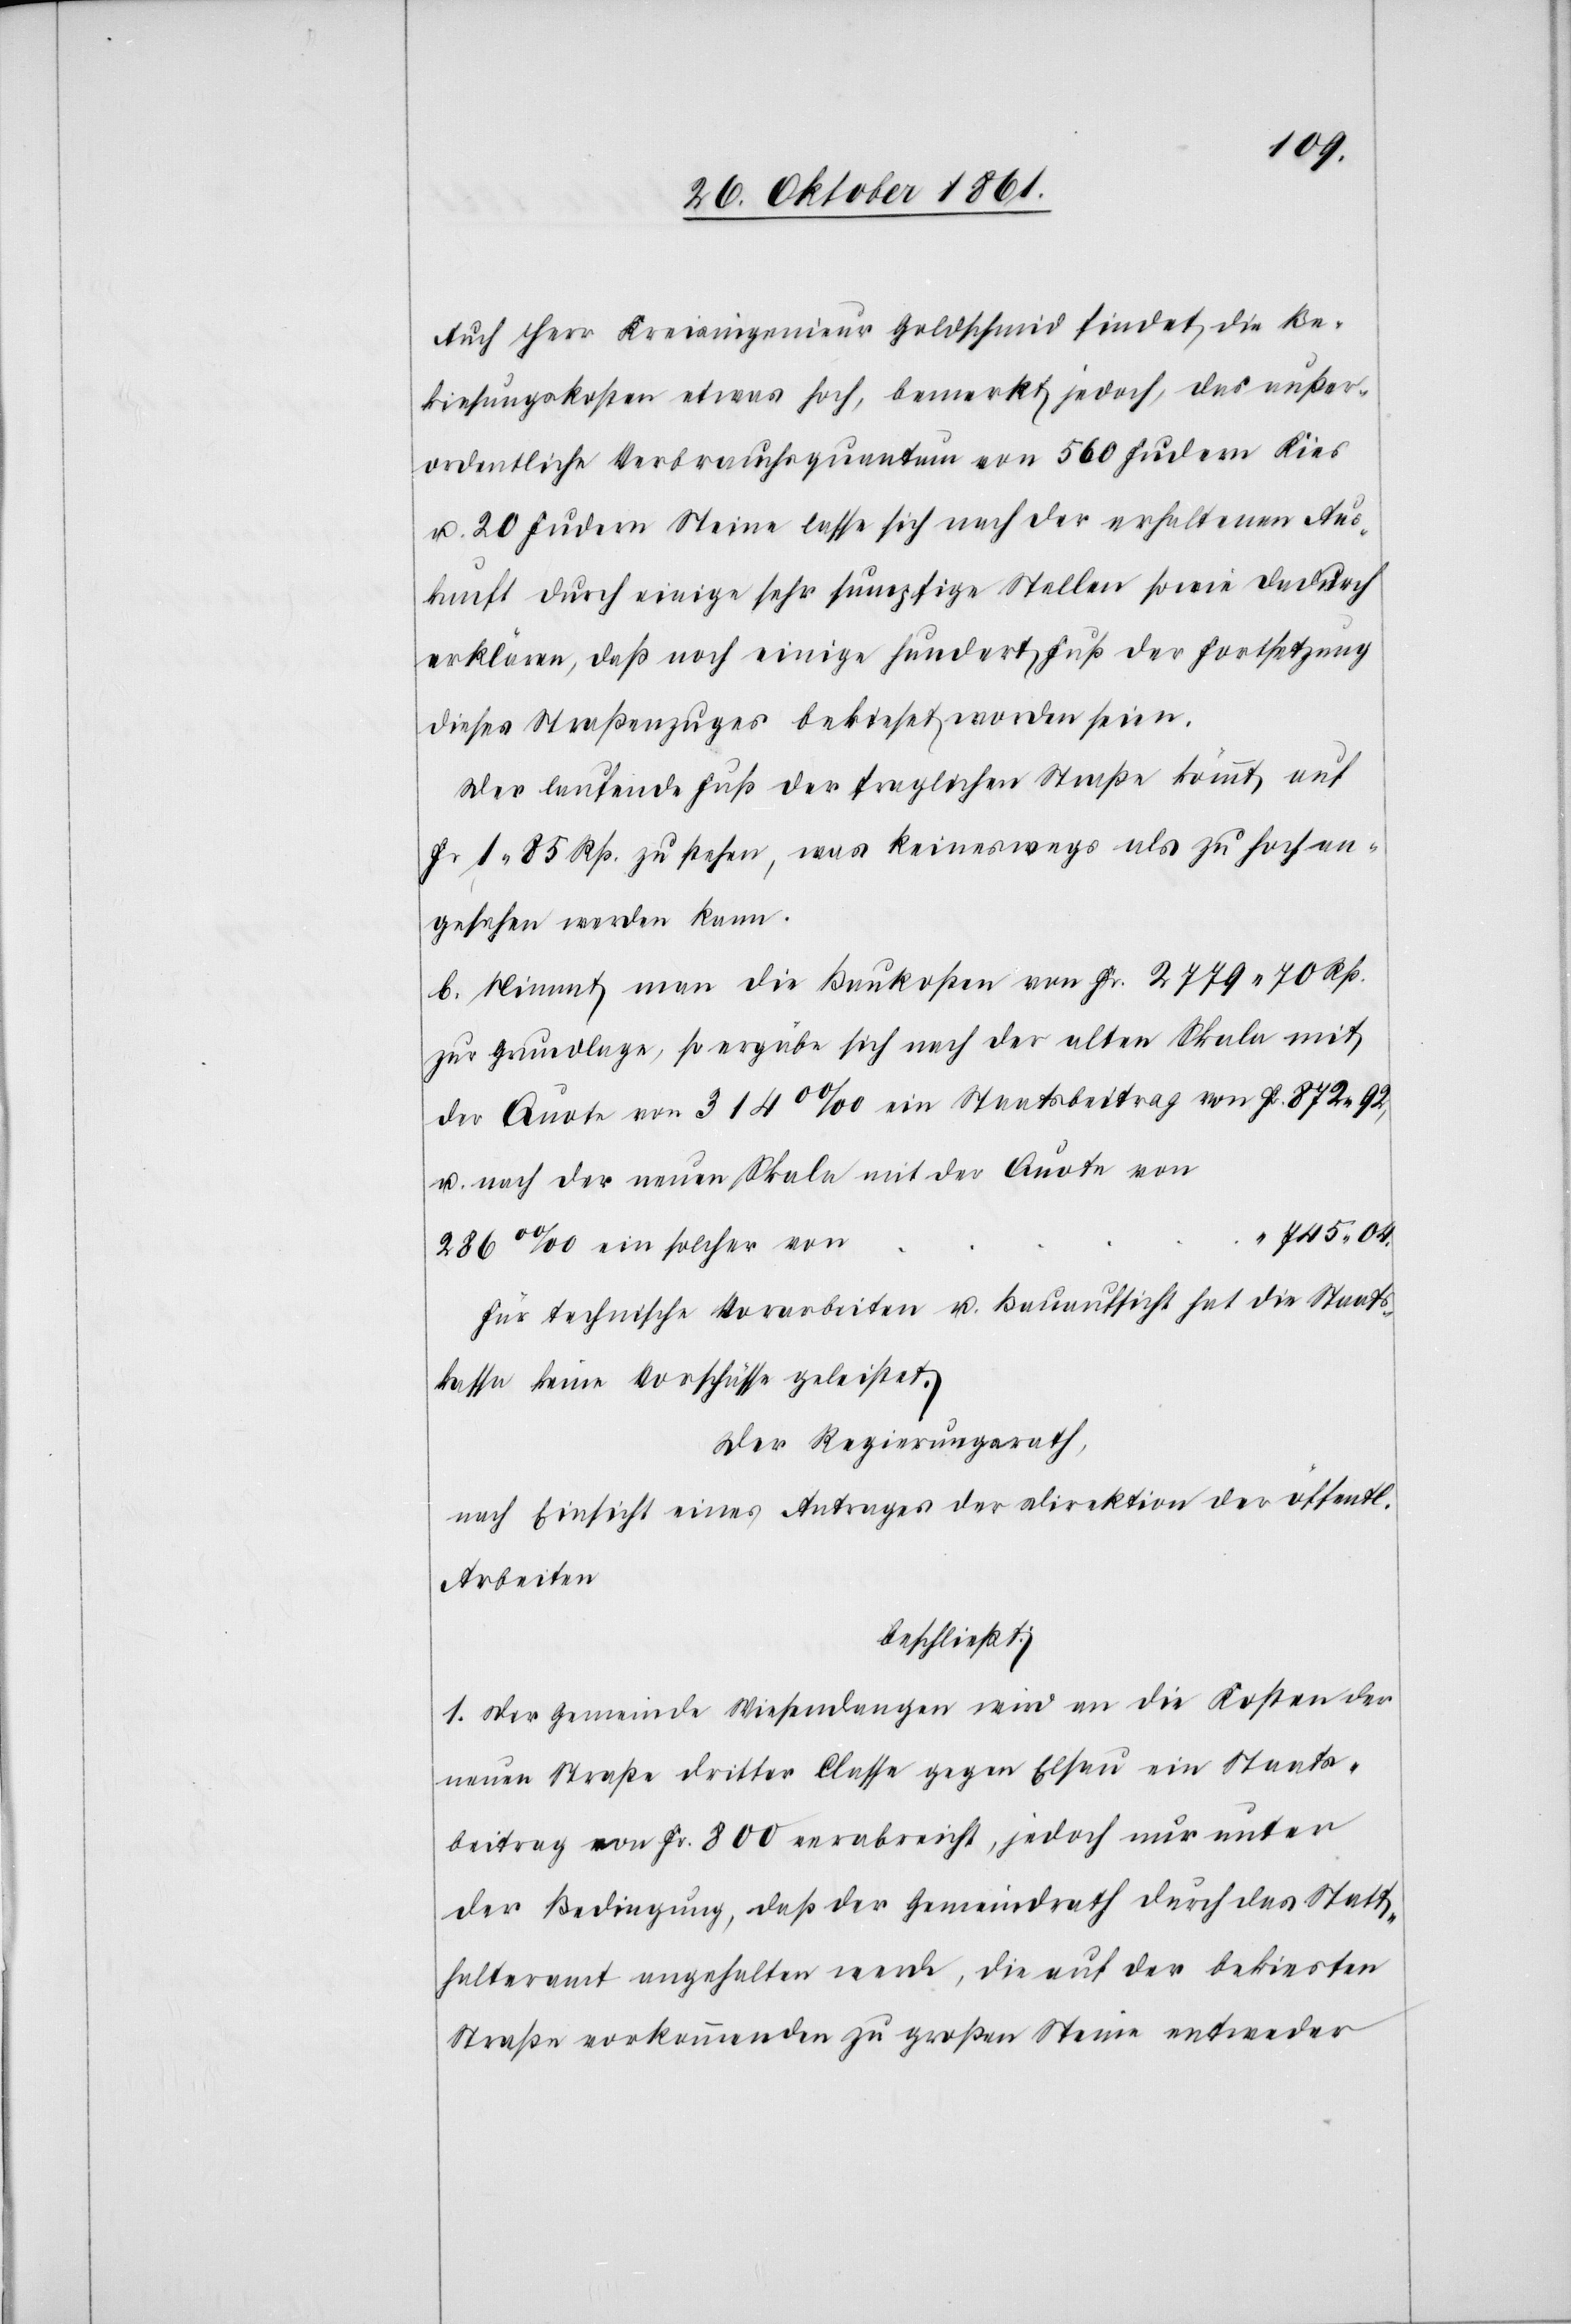
Auch Herr Kreisingenieur Goldschmid findet die Be¬
kiesungskosten etwas hoch, bemerkt jedoch, das außer¬
ordentliche Verbrauchsquantum von 560 Fudern Kies
u. 20 Fudern Steine lasse sich nach der erhaltenen Aus¬
kunft durch einige sehr sumpfige Stellen sowie dadurch
erklären, daß noch einige hundert Fuß der Fortsetzung
dieses Straßenzuges bekieset worden seien.
Der laufende Fuß der fraglichen Straße kömmt auf
Fr. 1. 85 Rp. zu stehen, was keineswegs als zu hoch an¬
gesehen werden kann.
b. Nimmt man die Baukosten von Fr. 2779. 70 Rp.
zur Grundlage, so ergäbe sich nach der alten Skala mit
der Quote von 314 ‰ ein Staatsbeitrag von 		Fr. 872.92,
u. nach der neuen Skala mit der Quote von
745.04
286 ‰ ein solcher von
Für technische Vorarbeiten u. Bauaufsicht hat die Staats¬
kasse keine Vorschläge geleistet.
Der Regierungsrath,
nach Einsicht eines Antrages der Direktion der öffentli¬
Arbeiten,
beschließt:
1. Der Gemeinde Wiesendangen wird an die Kosten der
neuen Strecke dritter Classe gegen Elsau ein Staats¬
beitrag von Fr. 800 verabreicht, jedoch nur unter
der Bedingung, daß der Gemeindrath durch das Statt¬
halteramt angehalten werde, die auf der bekiesten
Straße vorkommenden zu großen Steine entweder

chen